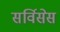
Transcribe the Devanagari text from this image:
सर्विसेस